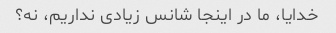
خدایا، ما در اینجا شانس زیادی نداریم، نه؟